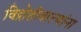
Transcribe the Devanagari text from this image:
विद्रोहीवाल्यांना